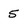
Character: 5